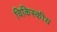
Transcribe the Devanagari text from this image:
चिकिस्कीय